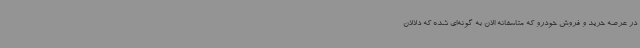
در عرصه خرید و فروش خودرو که متاسفانه الان به گونه‌ای شده که دلالان